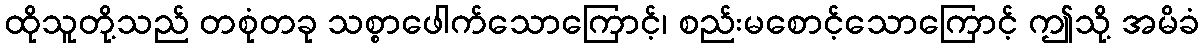
ထိုသူတို့သည် တစုံတခု သစ္စာဖေါက်သောကြောင့်၊ စည်းမစောင့်သောကြောင့် ဤသို့ အမိခံ